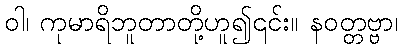
ဝါ၊ ကုမာရိဘူတာတို့ဟူ၍၎င်း။ နဝတ္တဗ္ဗာ၊